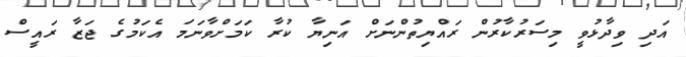
އަދި ވިދާޅުވީ މިސަރުކާރުން ރައްޔިތުންނަށް އަނިޔާ ކުރާ ކަމަށްވާނަމަ އެކަމުގެ ޖަޒާ ރައީސް